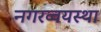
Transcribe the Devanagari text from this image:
नगरव्वयस्था